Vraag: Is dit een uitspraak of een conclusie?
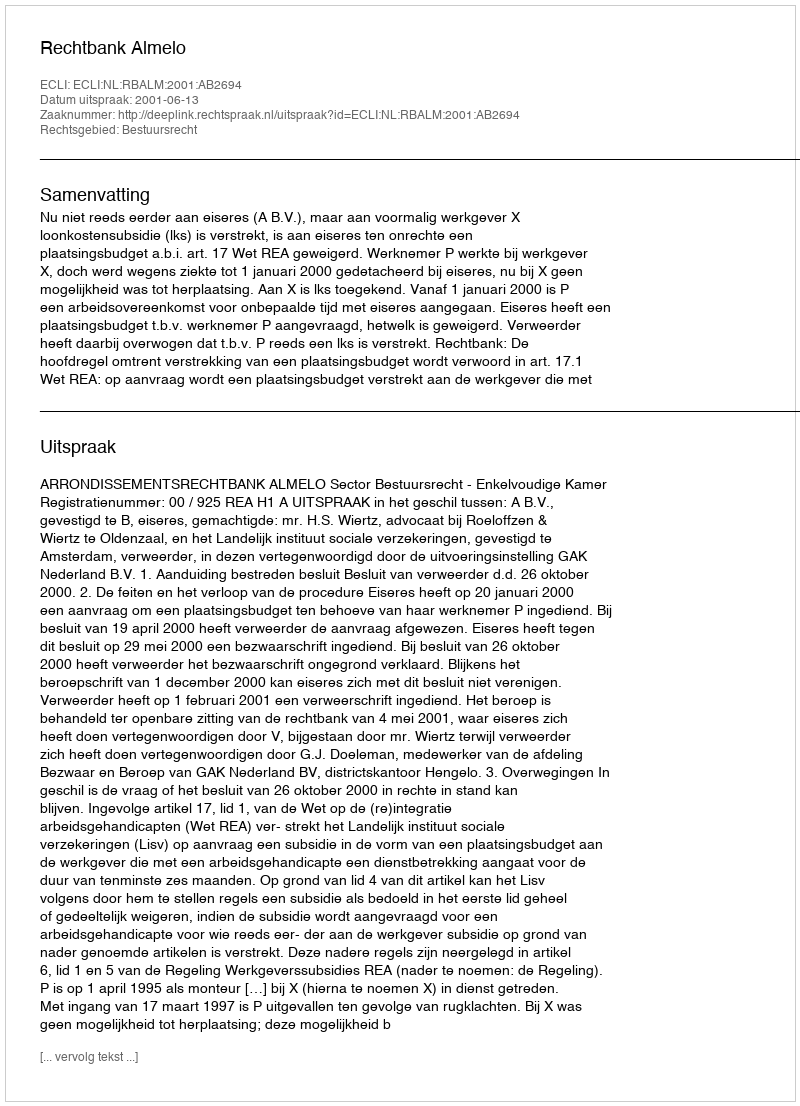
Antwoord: Uitspraak